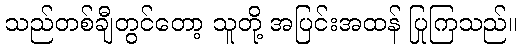
သည်တစ်ချီတွင်တော့ သူတို့ အပြင်းအထန် ပြုကြသည်။